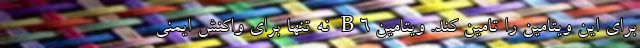
برای این ویتامین را تامین کند. ویتامین B6 نه تنها برای واکنش ایمنی